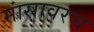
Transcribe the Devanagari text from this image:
मांसावरच